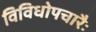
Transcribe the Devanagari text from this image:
विविधोपचारैः